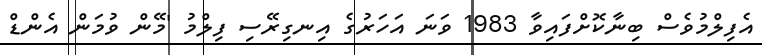
އެފިލްމުވެސް ބިނާކޮށްފައިވާ 1983 ވަނަ އަހަރުގެ އިނގިރޭސި ފިލްމު 'މޭން ވުމަން އެންޑް